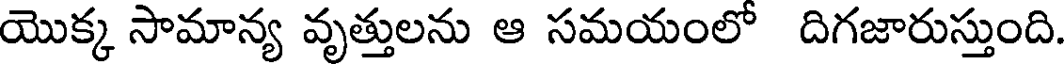
యొక్క సామాన్య వృత్తులను ఆ సమయంలో దిగజారుస్తుంది.